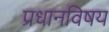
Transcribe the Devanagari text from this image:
प्रधानविषय